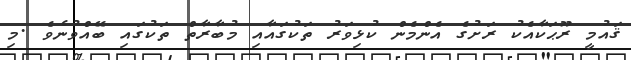
ޤައުމީ ރޫޙަކާއެކު ރަށުގެ އެންމެން ކުޅިވަރު ތަކުގައާއި މުބާރާތް ތަކުގައި ބޭއްވުނެވެ .މި